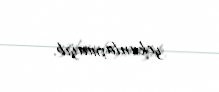
yekunlaşmayıb.